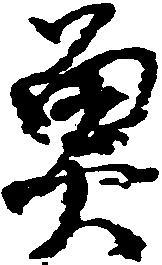
魚